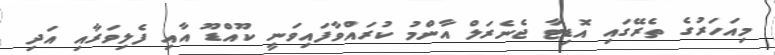
މިއަހަރުގެ ތެރޭގައި އޮޑިޓާ ޖެނެރަލް އާންމު ކުރައްވާފައިވަނީ ކޫއްޑޫ އާއި ފެލިވަރާއި އަދި